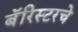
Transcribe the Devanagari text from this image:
बॅरिस्टरचे